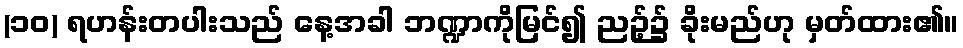
(၁၀) ရဟန်းတပါးသည် နေ့အခါ ဘဏ္ဍာကိုမြင်၍ ညဉ့်၌ ခိုးမည်ဟု မှတ်ထား၏။